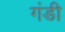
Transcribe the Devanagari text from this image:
गंडी